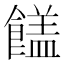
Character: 𩞖